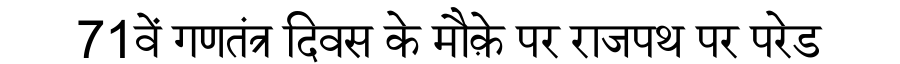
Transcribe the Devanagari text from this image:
71वें गणतंत्र दिवस के मौक़े पर राजपथ पर परेड